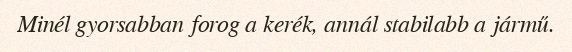
Minél gyorsabban forog a kerék, annál stabilabb a jármű.